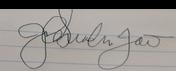
Signature authenticity: forged